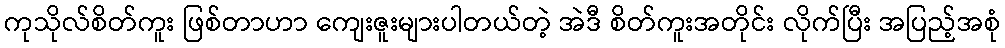
ကုသိုလ်စိတ်ကူး ဖြစ်တာဟာ ကျေးဇူးများပါတယ်တဲ့ အဲဒီ စိတ်ကူးအတိုင်း လိုက်ပြီး အပြည့်အစုံ